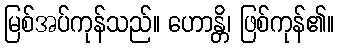
မြစ်အပ်ကုန်သည်။ ဟောန္တိ၊ ဖြစ်ကုန်၏။